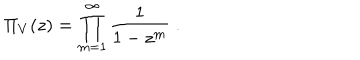
\Pi _ { V } ^ { } ( z ) = \prod _ { m = 1 } ^ { \infty } \frac { 1 } { 1 - z ^ { m } } \; .